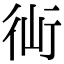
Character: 𧗣